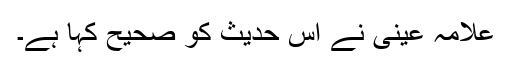
علامہ عینی نے اس حدیث کو صحیح کہا ہے۔